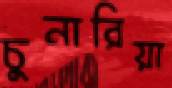
চুনারিয়া